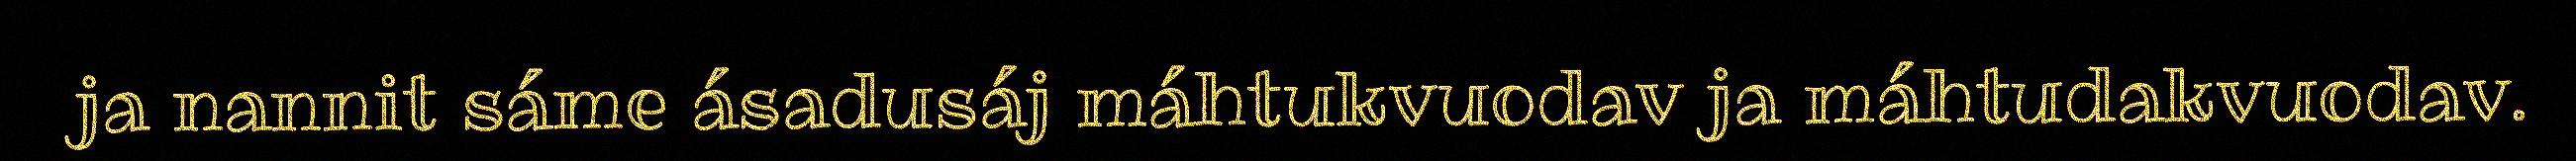
ja nannit sáme ásadusáj máhtukvuodav ja máhtudakvuodav.